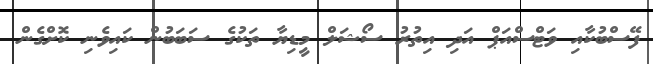
ފޭސްބުކާއި ވަޓްސްއަޕް އަދި އިތުރު ސޯޝަލް މީޑިޔާ ތަކުގެ ސަބަބުން ކައިވެނި ކޮށްގެން